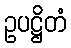
ဥပဋ္ဌိတံ